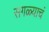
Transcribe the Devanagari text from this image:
सगळ्याचं